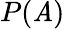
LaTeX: P(\mathit{A})